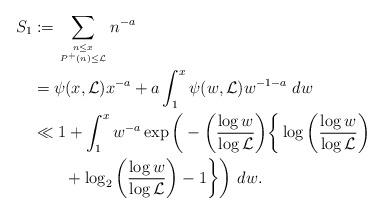
LaTeX: \begin{align*}S_1 &:= \sum_{n\leq x \atop P^+(n)\leq \mathcal{L}} n^{-a}\\&= \psi(x,\mathcal{L}) x^{-a} + a \int_1^x \psi(w,\mathcal{L}) w^{-1-a} \ dw\\&\ll 1+\int_1^x w^{-a} \exp \bigg( -\bigg(\frac{\log w}{\log \mathcal{L}}\bigg)\bigg\{\log\bigg(\frac{\log w}{\log \mathcal{L}}\bigg) \\&\qquad+\log_2\bigg(\frac{\log w}{\log\mathcal{L}}\bigg)-1 \bigg\}\bigg) \ dw.\end{align*}